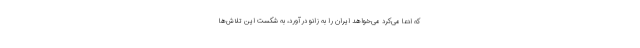
که ادعا می‌کرد می‌خواهد ایران را به زانو درآورد، به شکست این تلاش‌ها